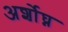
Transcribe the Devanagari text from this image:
अर्शोघ्न